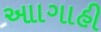
આાગાહી